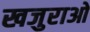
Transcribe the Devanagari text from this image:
खजुराओ